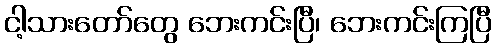
ငါ့သားတော်တွေ ဘေးကင်းပြီ၊ ဘေးကင်းကြပြီ